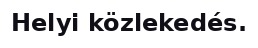
Helyi közlekedés.